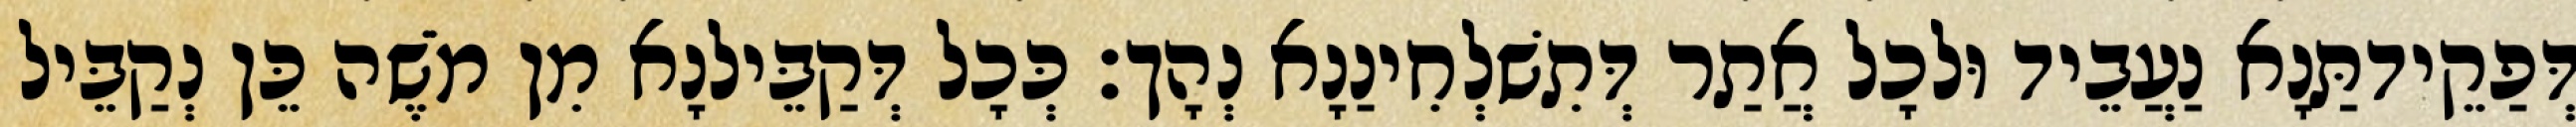
דְּפַקֵידתַּנָא נַעֲבֵיד וּלכָל אֲתַר דְּתִשׁלְחִינַנָא נְהָך׃ כְּכָל דְּקַבֵּילנָא מִן מֹשֶׁה כֵּן נְקַבֵּיל